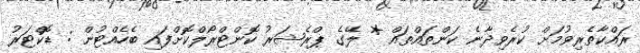
ރައްކާތެރިވުމަށް ކުރެވިދާނެ ކަންތައްތައް * ލޭގެ ޕްރެޝަރު ކޮންޓްރޯލްކޮށްފައި ބެހެއްޓުން : ޑޮކްޓަރު